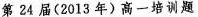
第24届(2013年)高一培训题